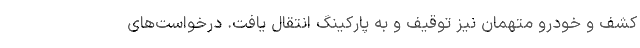
کشف و خودرو متهمان نیز توقیف و به پارکینگ انتقال یافت. درخواست‌های